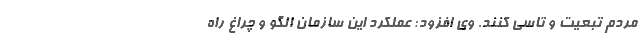
مردم تبعیت و تاسی کنند. وی افزود: عملکرد این سازمان الگو و چراغ راه